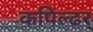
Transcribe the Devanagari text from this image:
कपिल्ढर्